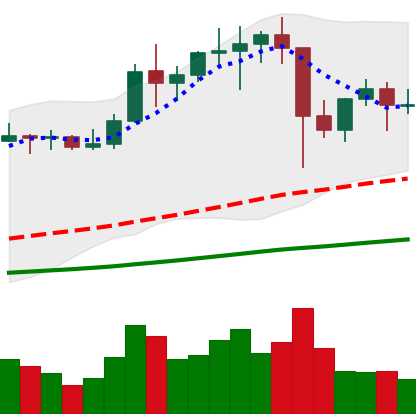
Ticker: LTC-USD
Chart end date: 2021-01-16
Forward return: -9.796%
Label: down_7plus